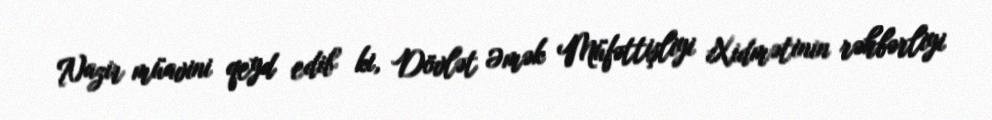
Nazir müavini qeyd edib ki, Dövlət Əmək Müfəttişliyi Xidmətinin rəhbərliyi